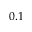
0 . 1